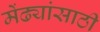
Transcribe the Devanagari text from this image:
मेंढ्यांसाठी